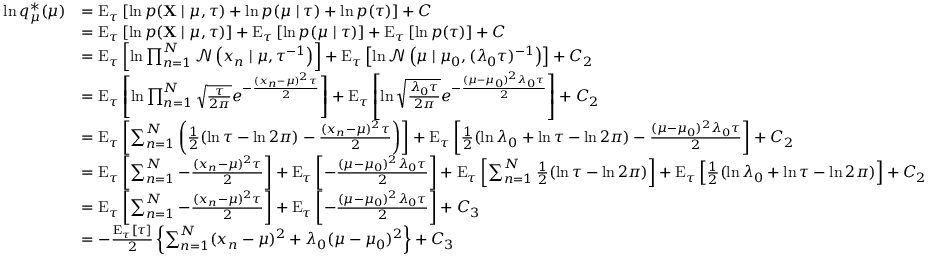
{ \begin{array} { r l } { \ln q _ { \mu } ^ { * } ( \mu ) } & { = \operatorname { E } _ { \tau } \left[ \ln p ( \mathbf { X } \mid \mu , \tau ) + \ln p ( \mu \mid \tau ) + \ln p ( \tau ) \right] + C } \\ & { = \operatorname { E } _ { \tau } \left[ \ln p ( \mathbf { X } \mid \mu , \tau ) \right] + \operatorname { E } _ { \tau } \left[ \ln p ( \mu \mid \tau ) \right] + \operatorname { E } _ { \tau } \left[ \ln p ( \tau ) \right] + C } \\ & { = \operatorname { E } _ { \tau } \left[ \ln \prod _ { n = 1 } ^ { N } { \mathcal { N } } \left( x _ { n } \mid \mu , \tau ^ { - 1 } \right) \right] + \operatorname { E } _ { \tau } \left[ \ln { \mathcal { N } } \left( \mu \mid \mu _ { 0 } , ( \lambda _ { 0 } \tau ) ^ { - 1 } \right) \right] + C _ { 2 } } \\ & { = \operatorname { E } _ { \tau } \left[ \ln \prod _ { n = 1 } ^ { N } { \sqrt { \frac { \tau } { 2 \pi } } } e ^ { - { \frac { ( x _ { n } - \mu ) ^ { 2 } \tau } { 2 } } } \right] + \operatorname { E } _ { \tau } \left[ \ln { \sqrt { \frac { \lambda _ { 0 } \tau } { 2 \pi } } } e ^ { - { \frac { ( \mu - \mu _ { 0 } ) ^ { 2 } \lambda _ { 0 } \tau } { 2 } } } \right] + C _ { 2 } } \\ & { = \operatorname { E } _ { \tau } \left[ \sum _ { n = 1 } ^ { N } \left( { \frac { 1 } { 2 } } ( \ln \tau - \ln 2 \pi ) - { \frac { ( x _ { n } - \mu ) ^ { 2 } \tau } { 2 } } \right) \right] + \operatorname { E } _ { \tau } \left[ { \frac { 1 } { 2 } } ( \ln \lambda _ { 0 } + \ln \tau - \ln 2 \pi ) - { \frac { ( \mu - \mu _ { 0 } ) ^ { 2 } \lambda _ { 0 } \tau } { 2 } } \right] + C _ { 2 } } \\ & { = \operatorname { E } _ { \tau } \left[ \sum _ { n = 1 } ^ { N } - { \frac { ( x _ { n } - \mu ) ^ { 2 } \tau } { 2 } } \right] + \operatorname { E } _ { \tau } \left[ - { \frac { ( \mu - \mu _ { 0 } ) ^ { 2 } \lambda _ { 0 } \tau } { 2 } } \right] + \operatorname { E } _ { \tau } \left[ \sum _ { n = 1 } ^ { N } { \frac { 1 } { 2 } } ( \ln \tau - \ln 2 \pi ) \right] + \operatorname { E } _ { \tau } \left[ { \frac { 1 } { 2 } } ( \ln \lambda _ { 0 } + \ln \tau - \ln 2 \pi ) \right] + C _ { 2 } } \\ & { = \operatorname { E } _ { \tau } \left[ \sum _ { n = 1 } ^ { N } - { \frac { ( x _ { n } - \mu ) ^ { 2 } \tau } { 2 } } \right] + \operatorname { E } _ { \tau } \left[ - { \frac { ( \mu - \mu _ { 0 } ) ^ { 2 } \lambda _ { 0 } \tau } { 2 } } \right] + C _ { 3 } } \\ & { = - { \frac { \operatorname { E } _ { \tau } [ \tau ] } { 2 } } \left\{ \sum _ { n = 1 } ^ { N } ( x _ { n } - \mu ) ^ { 2 } + \lambda _ { 0 } ( \mu - \mu _ { 0 } ) ^ { 2 } \right\} + C _ { 3 } } \end{array} }